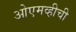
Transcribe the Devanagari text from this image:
ओएमव्हीची